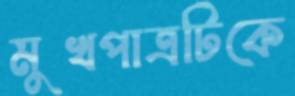
মুখপাত্রটিকে